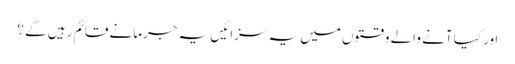
اور کیا آنے والے وقتوں میں یہ سزائیں یہ جرمانے قائم رہیں گے ؟